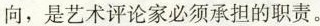
向，是艺术评论家必须承担的职责。